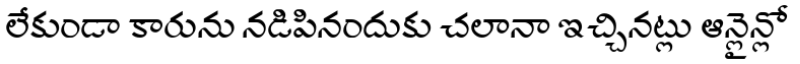
లేకుండా కారును నడిపినందుకు చలానా ఇచ్చినట్లు ఆన్లైన్లో